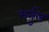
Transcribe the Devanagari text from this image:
मर्नुल